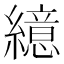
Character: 繶